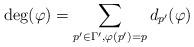
LaTeX: \begin{align*}\textrm{deg}(\varphi) = \sum_{p' \in \Gamma', \varphi(p') = p} d_{p'}(\varphi) \end{align*}